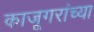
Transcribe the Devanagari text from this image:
काजूगरांच्या